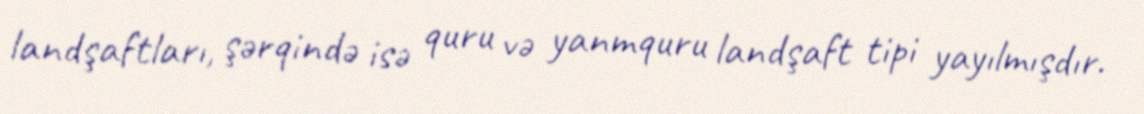
landşaftları, şərqində isə quru və yanmquru landşaft tipi yayılmışdır.